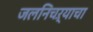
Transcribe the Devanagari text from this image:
जलनिचऱ्याचा